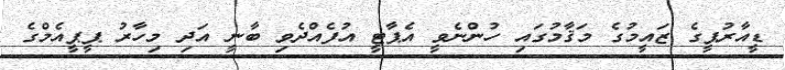
ޑީއާރުޕީގެ ޒައީމުގެ މަޤާމުގައި ހުންނެވީ އެޕާޓީ އުފެއްދެވި ބާނީ އަދި މިހާރު ޕީޕީއެމްގެ